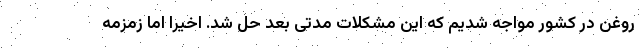
روغن در کشور مواجه شدیم که این مشکلات مدتی بعد حل شد. اخیرا اما زمزمه